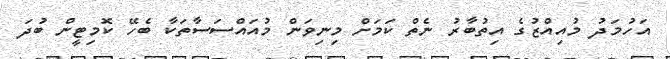
އަހުމަދު މުއިއްޒުގެ އިތުބާރު ނެތް ކަމަށް މިނިވަން މުއައްސަސާތަކާ ބެހޭ ކޮމިޓީން ބުދަ